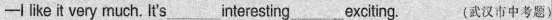
—I like it very much, It's___ interesting___exciting. (武汉市中考题)